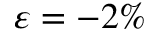
\varepsilon = - 2 \%